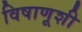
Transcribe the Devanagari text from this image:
विषाणूशी